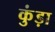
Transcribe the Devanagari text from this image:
कुंड़ा